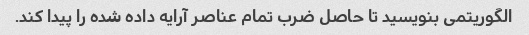
الگوریتمی بنویسید تا حاصل ضرب تمام عناصر آرایه داده شده را پیدا کند.